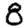
Digit: 8